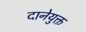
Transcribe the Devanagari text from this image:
दानेयुक्त